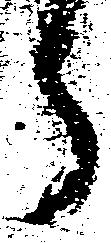
郎